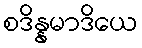
စဒိန္နမာဒိယေ